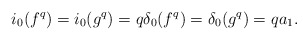
\begin{align*} i_0(f^q) = i_0(g^q) = q\delta_0(f^q) = \delta_0(g^q) = qa_1.\end{align*}